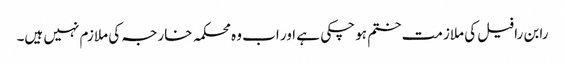
رابن رافیل کی ملازمت ختم ہو چکی ہے اور اب وہ محکمہ خارجہ کی ملازم نہیں ہیں۔